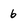
Character: 6